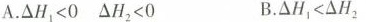
A.$$△ H _ { 1 } < 0$$ $$△ H _ { 2 } < 0$$ B.$$△ H _ { 1 } < △ H _ { 2 }$$